Scottish Leaving Certificate Examination, 1953
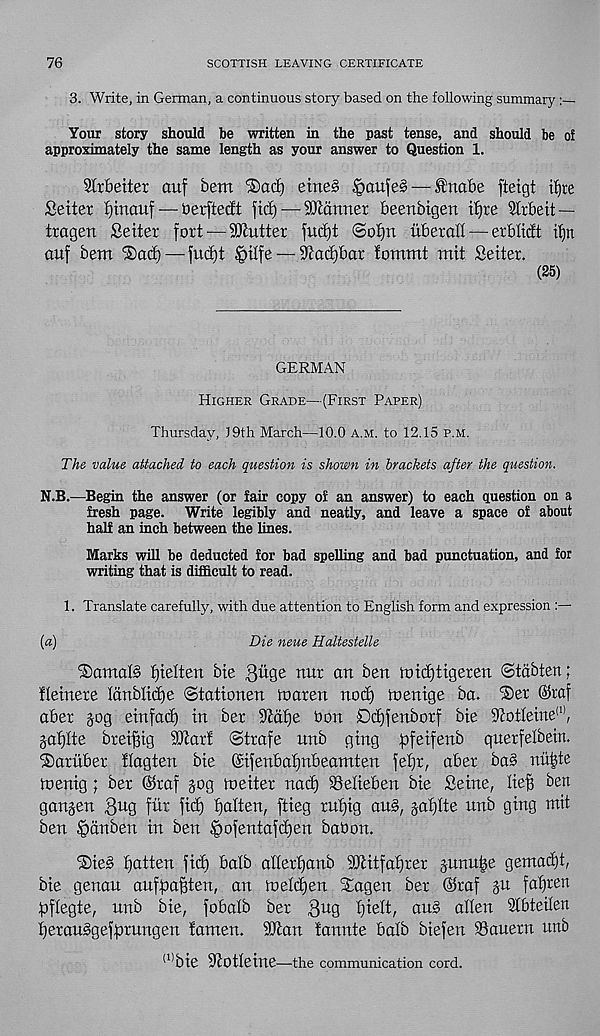
76
SCOTTISH LEAVING CERTIFICATE
3. Write, in German, a continuous story based on the following summary
Your story should be written in the past tense, and should be of
approximately the same length as your answer to Question 1.
Sltbetter ouf bem < £)ad) eiries §aufe§ — fnabe fteigt %e
Setter tjinaitf — berftectt fid) — 2Mtmet beenbtgen ifjre Slrbeit —
trogen Setter fort — Gutter fudft ©otjn uberott — erblicft tfjn
ouf bem ®ad)—fudjt ^itfe — ^adibar fommt mit Setter.
(25)
GERMAN
Higher Grade—(First Paper)
Thursday, )9th March—10.0 A.m. to 12.15 p.m.
The value attached to each question is shown in brackets after the question.
N.B.—Begin the answer (or fair copy of an answer) to each question on a
fresh page. Write legibly and neatly, and leave a space of about
half an inch between the lines.
Marks will be deducted for bad spelling and bad punctuation, and for
writing that is difficult to read.
1. Translate carefully, with due attention to English form and expression
[a)
Die neue Haltestelle
®omat§ fjielten bte gttge ratr an ben toidjtigeren ©tabten;
fletttere Icmbttdfe ©tationen tooren nod) loerttge bo. Set ®raf
aber jog einfad) in ber Stotje bon Ddjfenborf bte 9totIetne (1:i ,
go^Ite bretfttg ibtorf ©trafe unb gtng pfeifenb querfelbeirt.
Saritber flagten bte @ifenbaf)nbeamten fel)r, aber ba§ nu|te
toentg; ber ©raf jog toeiter nod) Selieben bie Seine, lie^ ben
gonjen 3«g fid fid) fialten, ftieg rufjig ou§, jof)Ite unb ging mit
ben ^dnben in ben ©ofentofdjen babon.
Sie§ fatten fid) bolb ollerfjonb 9Jlitfaf)rer junu^e gentad)t,
bie genou oufpaBten, on toeldjen Sogen ber ©taf ju fasten
pftegte, unb bie, fobotb ber 3 U 9 tjielt, aus alien 2(btei(en
IjerouSgefprungen iomen. 9Jlon tannte balb biefen Sauern unb
(1| bie iJiotleine—the communication cord.